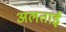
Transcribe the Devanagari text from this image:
अलताई